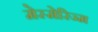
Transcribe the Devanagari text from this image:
मेस्मेरिज्म